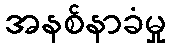
အနစ်နာခံမှု